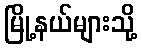
မြို့နယ်များသို့